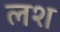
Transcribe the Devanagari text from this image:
लश